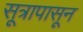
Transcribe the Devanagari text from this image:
सूत्रापासून